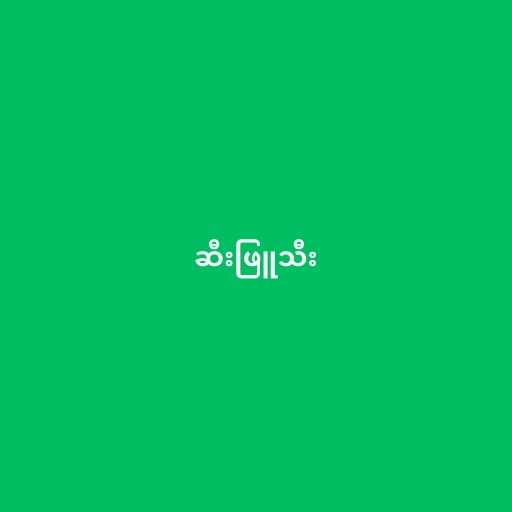
ဆီးဖြူသီး